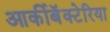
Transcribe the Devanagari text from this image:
आर्कीबॅक्टेरिया